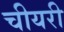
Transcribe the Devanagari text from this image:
चीयरी